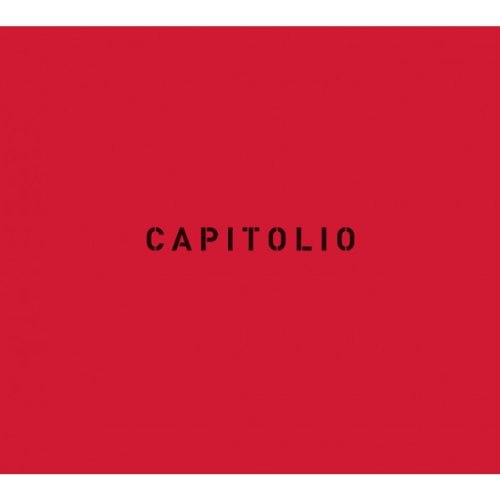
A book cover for Christopher Anderson: Capitolio; Travel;